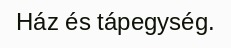
Ház és tápegység.